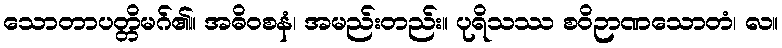
သောတာပတ္တိမဂ်၏။ အဓိဝစနံ၊ အမည်းတည်း။ ပုရိသဿ စဝိဉာဏသောတံ၊ လ။